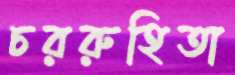
চররুহিতা